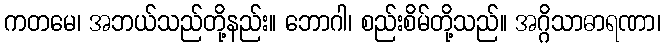
ကတမေ၊ အဘယ်သည်တို့နည်း။ ဘောဂါ၊ စည်းစိမ်တို့သည်။ အဂ္ဂိသာဓာရဏာ၊